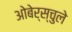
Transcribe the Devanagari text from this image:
ओबेर्स्चुले